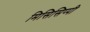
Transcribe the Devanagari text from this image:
मिसिसिप्‍पी